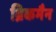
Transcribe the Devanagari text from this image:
ब्रिकमैन